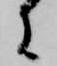
に